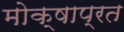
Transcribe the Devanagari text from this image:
मोक्षाप्रत